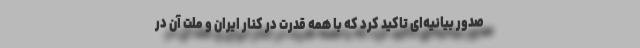
صدور بیانیه‌ای تاکید کرد که با همه قدرت در کنار ایران و ملت آن در